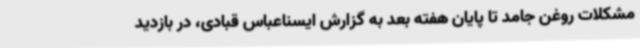
مشکلات روغن جامد تا پایان هفته بعد به گزارش ایسناعباس قبادی، در بازدید